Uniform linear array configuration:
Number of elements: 16
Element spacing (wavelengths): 0.5
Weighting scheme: exponential
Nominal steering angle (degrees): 30
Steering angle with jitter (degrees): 29.566
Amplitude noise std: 0.05
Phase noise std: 0.05

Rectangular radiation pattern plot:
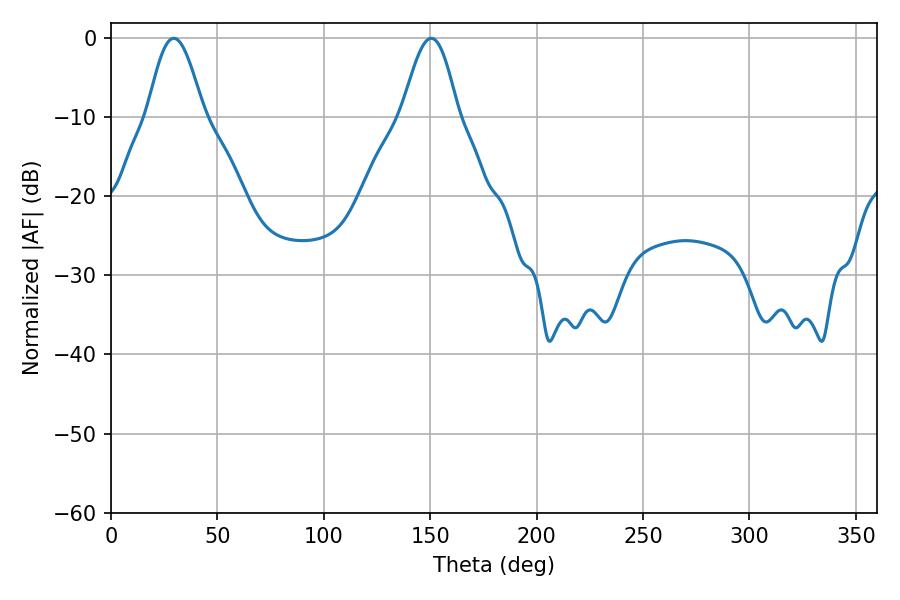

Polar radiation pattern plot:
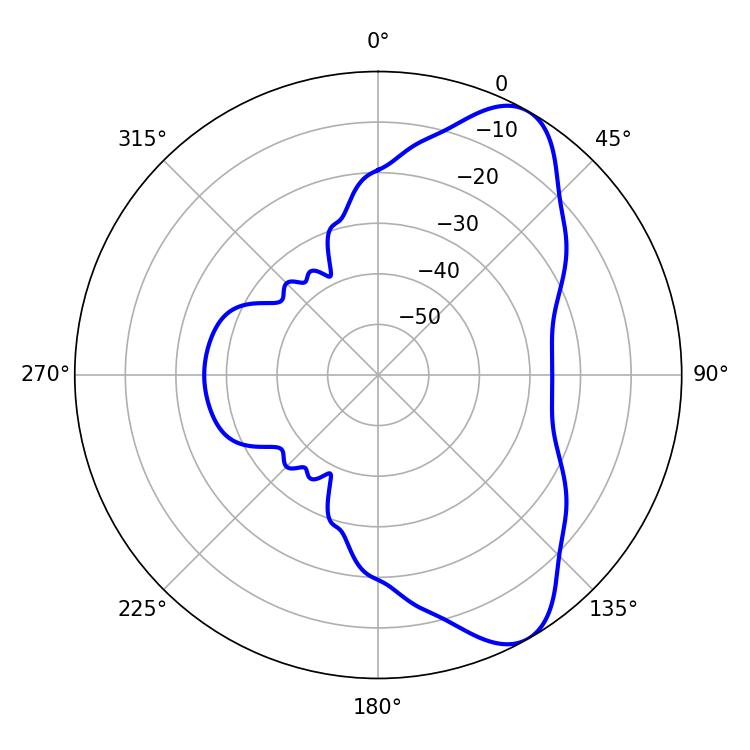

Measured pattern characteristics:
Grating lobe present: FALSE
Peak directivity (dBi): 8.311
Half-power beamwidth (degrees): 14.04
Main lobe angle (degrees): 29.52